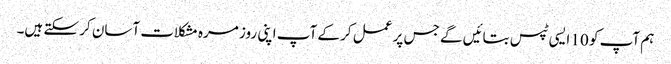
ہم آپ کو 10 ایسی ٹپس بتائیں گے جس پر عمل کر کے آپ اپنی روز مرہ مشکلات آسان کر سکتے ہیں۔